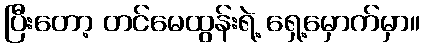
ပြီးတော့ တင်မေထွန်းရဲ့ ရှေ့မှောက်မှာ။